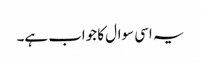
یہ اسی سوال کا جواب ہے۔